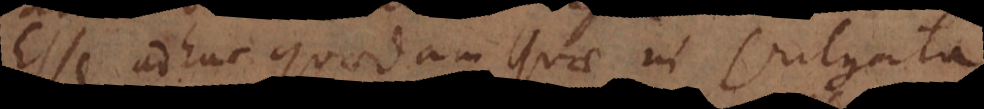
Esse adhuc quaedam quae in Vulgata